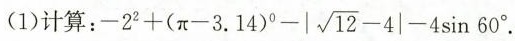
(1)计算： $$ -2^{2} + (\pi -3.14)^{0} - | \sqrt{12}-4| - 4 \sin 60^{\circ} $$ .